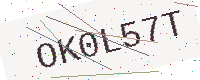
Text: OK0L57T